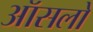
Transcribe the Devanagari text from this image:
ऑसलो